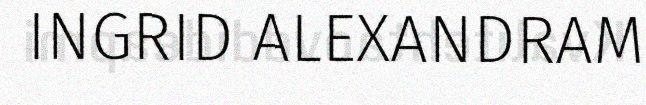
INGRID ALEXANDRAM